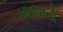
ખાનવાની